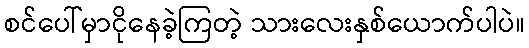
စင်ပေါ်မှာငိုနေခဲ့ကြတဲ့ သားလေးနှစ်ယောက်ပါပဲ။